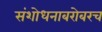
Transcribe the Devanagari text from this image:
संशोधनाबरोबरच